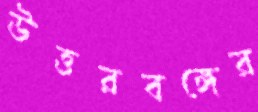
উত্তরবঙ্গের